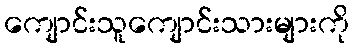
ကျောင်းသူကျောင်းသားများကို